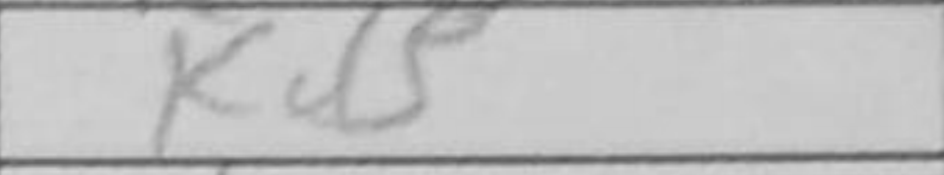
Transcription: Kd5